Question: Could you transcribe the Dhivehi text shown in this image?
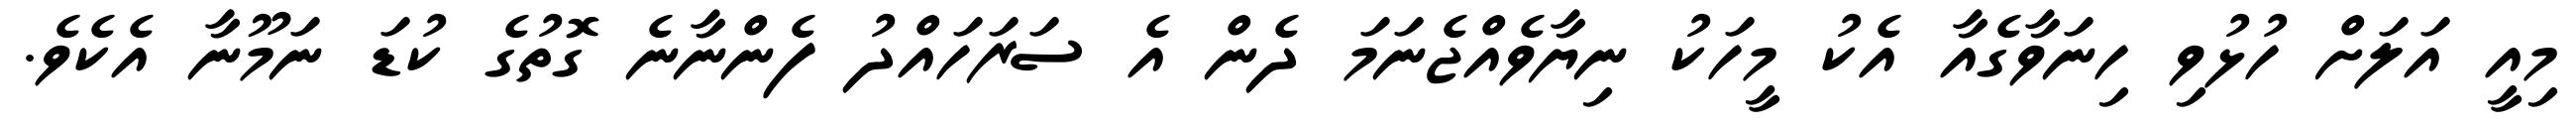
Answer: މިއީ އަލަށް ހުޅުވި ހިނަވާގެއާ އެކު މީހަކު ނިޔާވެއްޖެނަމަ ދެން އެ ސަރަހައްދު ފެންނާނެ ގޮތުގެ ކުޑަ ނަމޫނާ އެކެވެ.